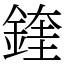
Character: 鍷